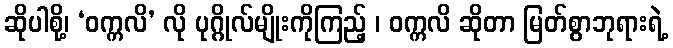
ဆိုပါစို့၊ ‘ဝက္ကလိ’ လို ပုဂ္ဂိုလ်မျိုးကိုကြည့် ၊ ဝက္ကလိ ဆိုတာ မြတ်စွာဘုရားရဲ့